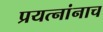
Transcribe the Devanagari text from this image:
प्रयत्नांनाच